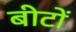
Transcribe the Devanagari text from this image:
बीटों